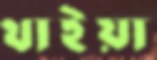
থাইয়া